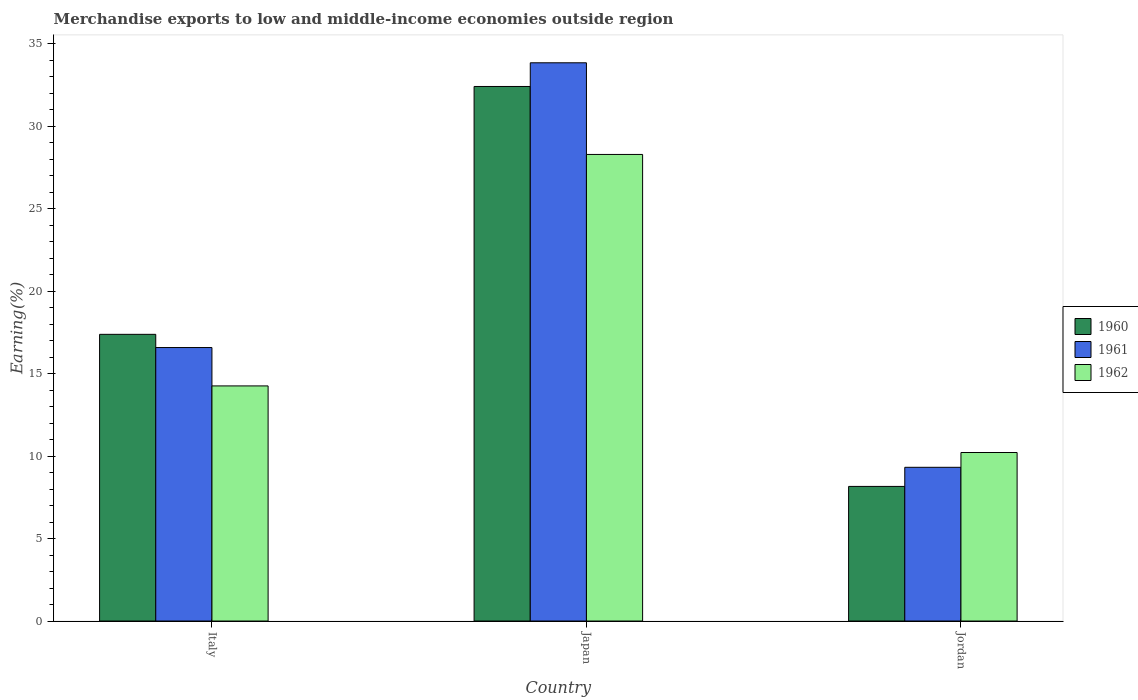
| Country | 1960 | 1961 | 1962 |
 | --- | --- | --- | --- |
 | Italy | 17.4 | 16.6 | 14.3 |
 | Japan | 32.4 | 33.9 | 28.3 |
 | Jordan | 8.16 | 9.32 | 10.2 |